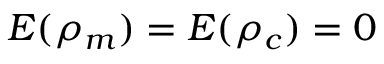
E ( \rho _ { m } ) = E ( \rho _ { c } ) = 0